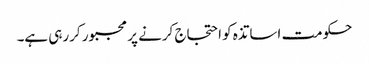
حکومت اساتذہ کو احتجاج کرنے پر مجبور کررہی ہے۔